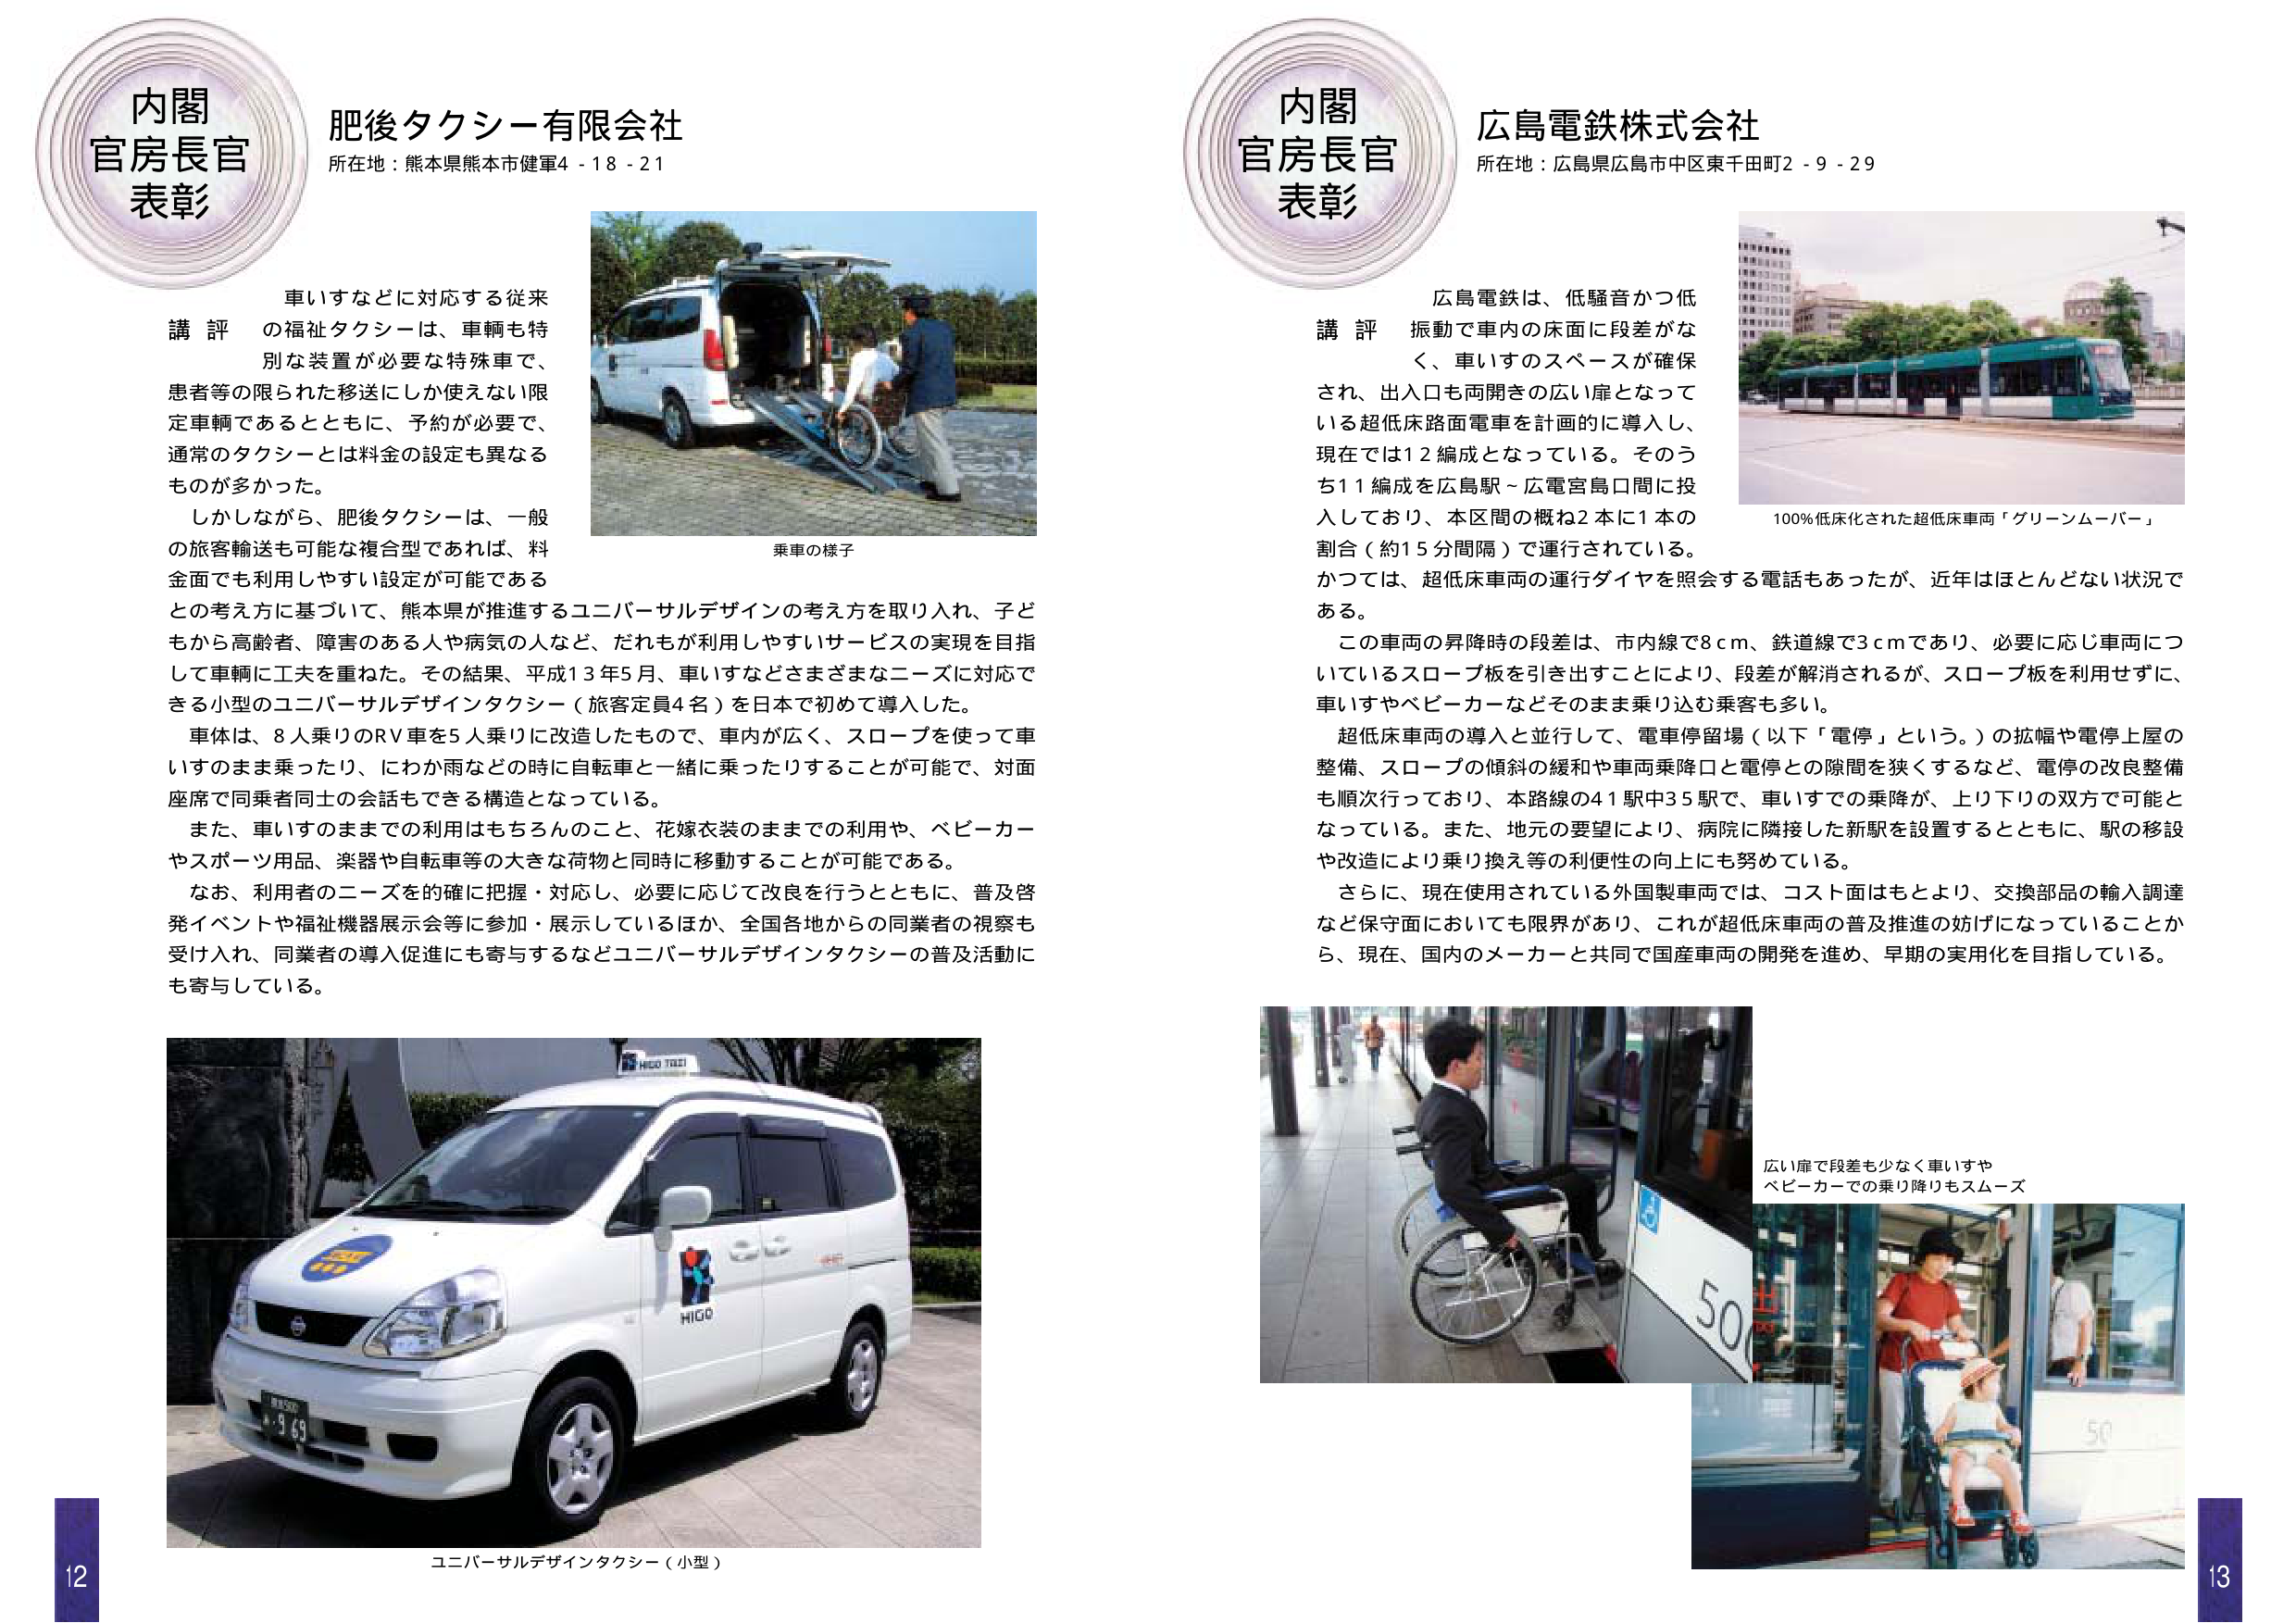
内閣
官房長官
表彰

肥後タクシー有限会社
所在地：熊本県熊本市健軍4-18-21

車いすなどに対応する従来
講 評 の福祉タクシーは、車両も特
別な装置が必要な特殊車で、
患者等の限られた移送にしか使えない限
定車両であるとともに、予約が必要で、
通常のタクシーとは料金の設定も異なる
ものが多かった。
しかしながら、肥後タクシーは、一般
の旅客輸送も可能な複合型であれば、料
金面でも利用しやすい設定が可能である
との考え方に基づいて、熊本県が推進するユニバーサルデザインの考え方を取り入れ、子どもから高齢者、障害のある人や病気の人など、だれもが利用しやすいサービスの実現を目指して車両に工夫を重ねた。その結果、平成13年5月、車いすなどさまざまなニーズに対応できる小型のユニバーサルデザインタクシー（旅客定員4名）を日本で初めて導入した。
車体は、8人乗りのRV車を5人乗りに改造したもので、車内が広く、スロープを使って車いすのまま乗ったり、にわか雨などの時に自転車と一緒に乗ったりすることが可能で、対面座席で同乗者同士の会話もできる構造となっている。
また、車いすのままでの利用はもちろんのこと、花嫁衣装のままでの利用や、ベビーカーやスポーツ用品、楽器や自転車等の大きな荷物と同時に移動することが可能である。
なお、利用者のニーズを的確に把握・対応し、必要に応じて改良を行うとともに、普及啓発イベントや福祉機器展示会等に参加・展示しているほか、全国各地からの同業者の視察も受け入れ、同業者の導入促進にも寄与するなどユニバーサルデザインタクシーの普及活動にも寄与している。

乗車の様子

ユニバーサルデザインタクシー（小型）

内閣
官房長官
表彰

広島電鉄株式会社
所在地：広島県広島市中区東千田町2-9-29

広島電鉄は、低騒音かつ低
講 評 振動で車内の床面に段差がな
く、車いすのスペースが確保
され、出入口も両開きの広い扉となって
いる超低床路面電車を計画的に導入し、
現在では12編成となっている。そのうち11編成を広島駅～広電宮島口間に投入しており、本区間の概ね2本に1本の割合（約15分間隔）で運行されている。
かつては、超低床車両の運行ダイヤを照会する電話もあったが、近年はほとんどない状況である。
この車両の昇降時の段差は、市内線で8cm、鉄道線で3cmであり、必要に応じ車両についているスロープ板を引き出すことにより、段差が解消されるが、スロープ板を利用せずに、車いすやベビーカーなどそのまま乗り込む乗客も多い。
超低床車両の導入と並行して、電車停留場（以下「電停」という。）の拡幅や電停上屋の整備、スロープの傾斜の緩和や車両乗降口と電停との隙間を狭くするなど、電停の改良整備も順次行っており、本路線の41駅中35駅で、車いすでの乗降が、上り下りの双方で可能となっている。また、地元の要望により、病院に隣接した新駅を設置するとともに、駅の移設や改造により乗り換え等の利便性の向上にも努めている。
さらに、現在使用されている外国製車両では、コスト面はもとより、交換部品の輸入調達など保守面においても限界があり、これが超低床車両の普及推進の妨げになっていることから、現在、国内のメーカーと共同で国産車両の開発を進め、早期の実用化を目指している。

100%低床化された超低床車両「グリーンムーバー」

広い扉で段差も少なく車いすや
ベビーカーでの乗り降りもスムーズ

12
13